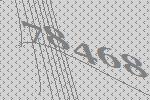
78468